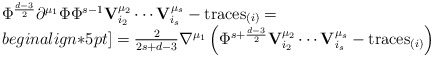
\begin{align*}\begin{array}{l}\Phi^{d-3\over 2}\partial^{\mu_1}\Phi \Phi^{s-1} {\bf V}^{\mu_2}_{i_2}\cdots{\bf V}^{\mu_s}_{i_s}-\mbox{traces}_{(i)}=\\begin{align*}5pt]={2\over 2s+d-3}\nabla^{\mu_1}\left( \Phi^{s+{d-3\over 2}}{\bf V}^{\mu_2}_{i_2}\cdots{\bf V}^{\mu_s}_{i_s}-\mbox{traces}_{(i)}\right)\end{array}\end{align*}